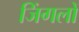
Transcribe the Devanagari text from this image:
जिंगलों